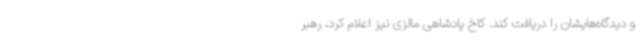
و دیدگاه‌هایشان را دریافت کند. کاخ پادشاهی مالزی نیز اعلام کرد، رهبر